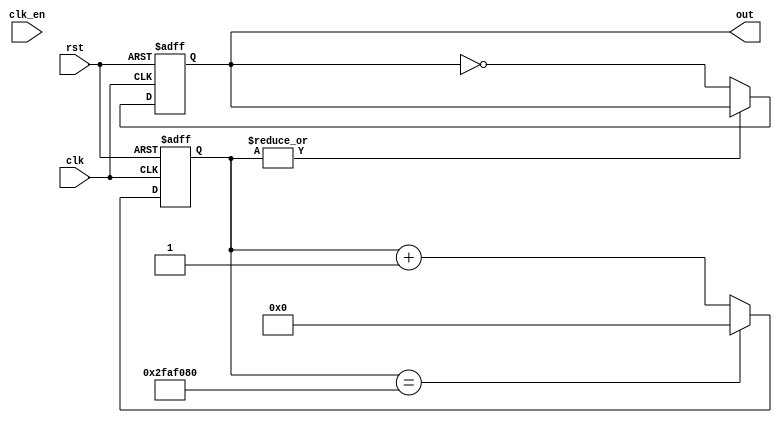
// blinky.v
// Simple LED blinker
// 2020, Rok Krajnc <rok.krajnc@gmail.com>


module blinky #(
  parameter SYS_CLK     = 50000000, // system clock in Hz
  parameter BLINKY_CLK  = 1         // blinky clock in Hz
)(
  input  wire clk,                  // clock
  input  wire clk_en,               // clock enable
  input  wire rst,                  // reset
  output wire out                   // blinky output
);


//// local parameters ////
localparam real SYS_CLK_F = SYS_CLK;
localparam real BLINKY_CLK_F = BLINKY_CLK;
localparam real BLINKY_CNT_F = SYS_CLK_F / BLINKY_CLK_F;
localparam integer BLINKY_CNT = BLINKY_CNT_F;
localparam integer BW = $clog2(BLINKY_CNT);


//// blinky counter and register ////
reg  [BW-1:0] blinky_cnt;
reg           blinky_r;

always @ (posedge clk, posedge rst) begin
  if (rst) begin
    blinky_cnt <= #1 {BW{1'b0}};
    blinky_r   <= #1 1'b0;
  end else begin
    blinky_cnt <= #1 (blinky_cnt == BLINKY_CNT) ? {BW{1'b0}} : blinky_cnt + { {(BW-1){1'b0}}, 1'b1 };
    blinky_r   <= #1 ~|blinky_cnt ? ~blinky_r : blinky_r;
  end
end


//// outputs ////
assign out = blinky_r;


endmodule